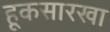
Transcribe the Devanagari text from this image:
हूकसारखा